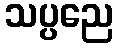
သပ္ပညေ